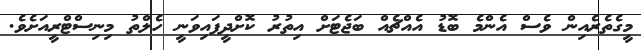
މީގެތެރެއިން ވެސް އެންމެ ބޮޑު އެއްޗެއް ބަޖެޓަށް އިތުރު ކޮށްދީފައިވަނީ ހެލްތު މިނިސްޓްރީއަށެވެ.